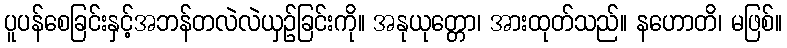
ပူပန်စေခြင်းနှင့်အဘန်တလဲလဲယှဉ်ခြင်းကို။ အနုယုတ္တော၊ အားထုတ်သည်။ နဟောတိ၊ မဖြစ်။